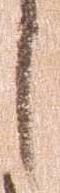
し